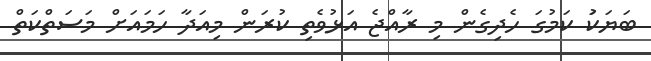
ބަޔަކަު ކަމުގަ ހެދިގެން މި ރާއްޖެ އަޅުވެތި ކުރަން މިއަދާ ހަމައަށްް މަސަތްކަތް